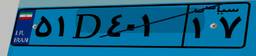
۷۹D۸۱۷۶۶